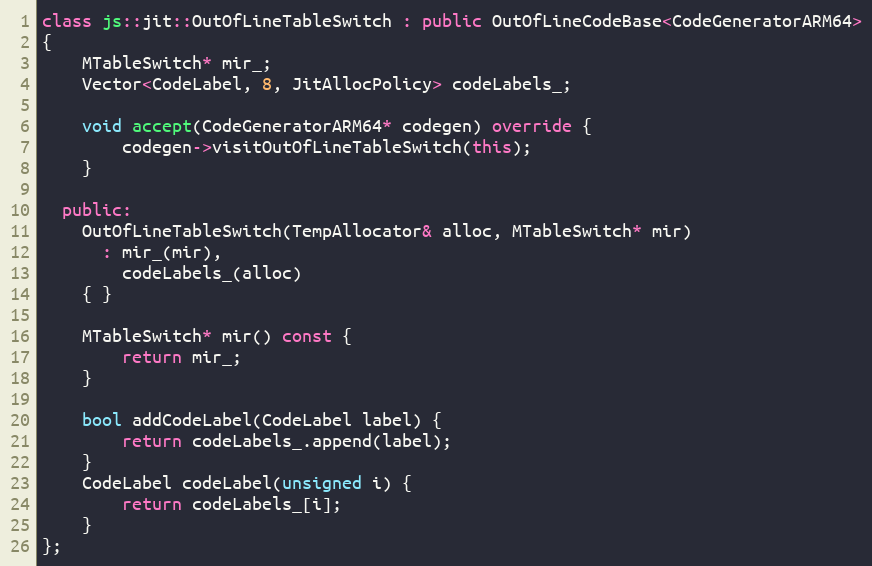
Language: C++
class js::jit::OutOfLineTableSwitch : public OutOfLineCodeBase<CodeGeneratorARM64>
{
    MTableSwitch* mir_;
    Vector<CodeLabel, 8, JitAllocPolicy> codeLabels_;

    void accept(CodeGeneratorARM64* codegen) override {
        codegen->visitOutOfLineTableSwitch(this);
    }

  public:
    OutOfLineTableSwitch(TempAllocator& alloc, MTableSwitch* mir)
      : mir_(mir),
        codeLabels_(alloc)
    { }

    MTableSwitch* mir() const {
        return mir_;
    }

    bool addCodeLabel(CodeLabel label) {
        return codeLabels_.append(label);
    }
    CodeLabel codeLabel(unsigned i) {
        return codeLabels_[i];
    }
};